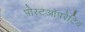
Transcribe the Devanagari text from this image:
पोस्टऑपरेटिव